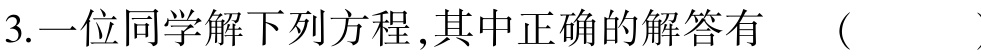
3.一位同学解下列方程,其中正确的解答有 （  ）